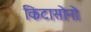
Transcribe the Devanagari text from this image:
किटासोनो